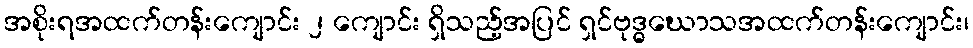
အစိုးရအထက်တန်းကျောင်း ၂ ကျောင်း ရှိသည့်အပြင် ရှင်ဗုဒ္ဓဃောသအထက်တန်းကျောင်း၊